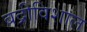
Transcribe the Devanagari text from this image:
बद्रीविशाल